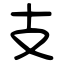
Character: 支